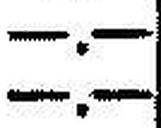
—.—